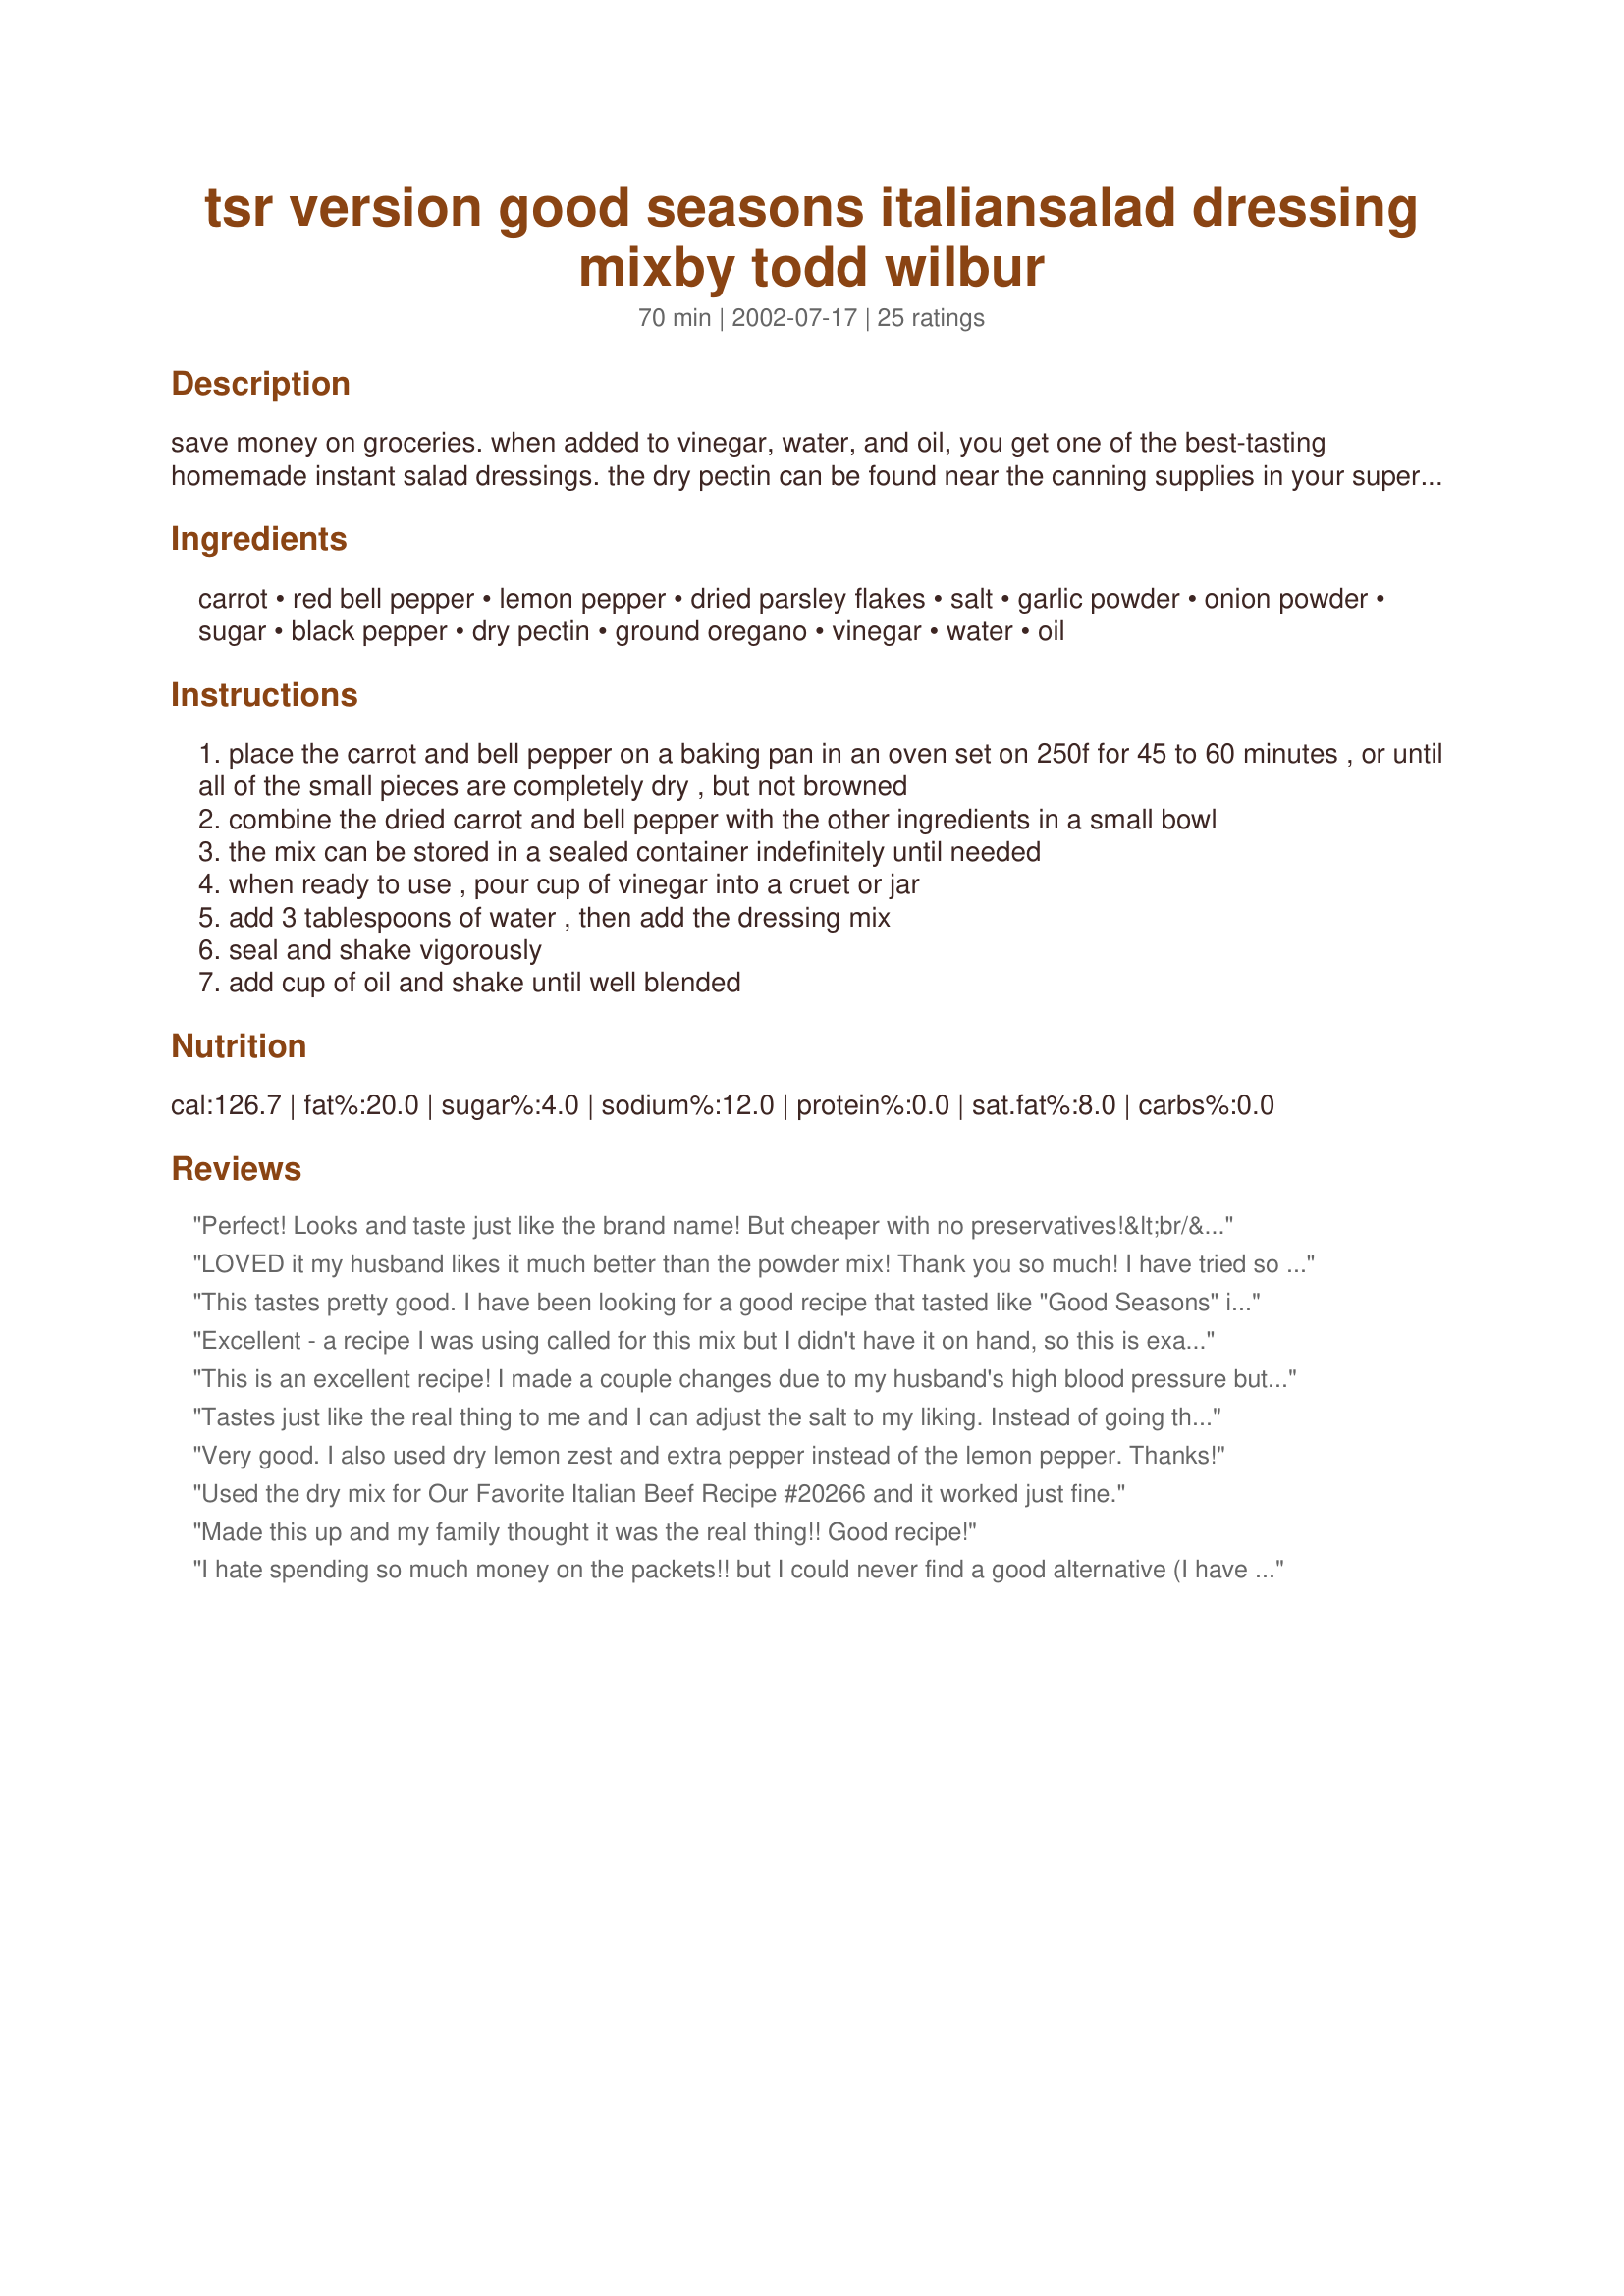
tsr version good seasons italiansalad dressing mixby todd wilbur
Preparation time: 70 minutes

save money on groceries. when added to vinegar, water, and oil, you get one of the best-tasting homemade instant salad dressings. the dry pectin can be found near the canning supplies in your supermarket. source: www.topsecretrecipes.com

Ingredients:
carrot, red bell pepper, lemon pepper, dried parsley flakes, salt, garlic powder, onion powder, sugar, black pepper, dry pectin, ground oregano, vinegar, water, oil

Steps:
place the carrot and bell pepper on a baking pan in an oven set on 250f for 45 to 60 minutes , or until all of the small pieces are completely dry , but not browned
combine the dried carrot and bell pepper with the other ingredients in a small bowl
the mix can be stored in a sealed container indefinitely until needed
when ready to use , pour cup of vinegar into a cruet or jar
add 3 tablespoons of water , then add the dressing mix
seal and shake vigorously
add cup of oil and shake until well blended

Reviews:
Perfect! Looks and taste just like the brand name! But cheaper with no preservatives!&lt;br/&gt;A few adaptations for me:&lt;br/&gt;1. I only use this as a seasoning, not a dressing, so I omitted the pectin. &lt;br/&gt;2. I use this in everything, so I 8X the recipe, which made 3/4 cup.&lt;br/&gt;3. I shredded the carrots and chopped bell peppers in food processor. Then squeezed juice out of both really good. Zested a lemon. Then dried all three on low broil (my bake wasn?t working). Spread out and let sit out overnight. The next day, I chopped up carrots and bell peppers very briefly in the Nutribullet using milling blade. Then mixed all ingredients in Nutribullet. Keep in a half pint mason jar.
LOVED it my husband likes it much better than the powder mix! Thank you so much! I have tried so many recipes for this and only this one comes as close and is actually better!!!
This tastes pretty good. I have been looking for a good recipe that tasted like "Good Seasons" italian mix without the sugar. I used one packet of truvia instead of sugar. Thanks for the recipe!
Excellent - a recipe I was using called for this mix but I didn't have it on hand, so this is exactly what I needed. Many thanks!
This is an excellent recipe! I made a couple changes due to my husband's high blood pressure but it was still great. I didn't add the salt and changed the sugar to splenda. Thanks for submitting this recipe.
Tastes just like the real thing to me and I can adjust the salt to my liking. Instead of going through the trouble of drying carrots and peppers--I have dried carrots and pepper in my cabinet!! It's called DRIED SOUP GREENS. They worked great. I used a heaping tablespoon of them and chopped them up in the mini food processor along with the other ingredients. Worked like a charm. Thanks... 
luvmybge.
Very good. I also used dry lemon zest and extra pepper instead of the lemon pepper. Thanks!
Used the dry mix for Our Favorite Italian Beef Recipe #20266 and it worked just fine.
Made this up and my family thought it was the real thing!! Good recipe!
I hate spending so much money on the packets!! but I could never find a good alternative (I have tried others), but I really LOVE this one!! I didn't add the oregano or pectin, but it tastes great. Thanks so much!! I am so impressed that you were able to figure this out.
&quot;Good Seasons&quot; dressing was the ONLY dressing I ever had growing up... Anna Maria! Rediscovered it years later, and it was my son&#039;s favorite. It is hard to find where I live now, and just like everything else, OVER PRICED! Great recipe, even without the peppers and carrots. (which I found to be a bit time consuming, until I used my dehydrator). Fooled #1 son, so it&#039;s good enough for me!!!! Awesome. Thanks for sharing!
I made this to use in yoopers To Die For Crock Pot Roast; as here in Australia I haven't found dry dressing mixes and Italian is needed for this recipe. Didn't use dry pectin as I couldn't find that, and decided not to add any salt. That's really the basis of my four stars, I also haven't made it as a dressing yet but am definitely looking forward to trying it.
My Cousin loves Good Seasons and she can't get it in Canada so I made some for her when I visited my parents this month. I had made 7 individual packages. I just lined up those little ziploc snack bags and went from there. No point in just doing one package. Had enough of the carrots and peppers to do 7. Drying the carrots worked out perfectly. The peppers on the other hand caused me a problem. I put them in the oven at the same time as the carrots but they just wouldn't dry. I even left them in after I took the carrots out but no way. So smart me thought I should put the oven up just a wee bit.....yeah well they dried alright...into a nice black color....But I was determined, so the next day I bought another red pepper and tried again. This time I only washed the outside of the pepper and removed all the seeds and stuff and chopped it small. But I put the oven at 200 and gave it 2 1/2 hours and it was perfect. Yippee..... The flavor of this dressing was absolutely delicious!! My Cousin couldn't stop raving about how she loved it and it was so good. Thanks so much for sharing your recipe Mille.
Forgot to add that I only have the before picture, I totally forgot to take a picture when we made it for supper....
I made up 10 batches of this, unsuccessful in drying the red peper, had too much water content, ended up ordering the dehydrated carrots and red bell pepper from a spice co. on the 'net. The soup greens that that luvmybge recommended contained other dehydrated veg's that are not included in recipe. The taste was very nice, but sweeter than the 'original' Good Season's.
Oh thank you for this recipe! I had decieded to make recipe#41169 and realized I didn't have any dry italian dressing mix. So upon reading other reviews I saw that a couple had used your recipe, so I did too. So glad I did, I now am making another batch today so I can made the dressing. Thank you for posting and saving the day.
This recipe was created by Todd Wilbur for his book "Even More Top Secret Recipes" (Penguin/Putnam 2003)
This is AMAZING!!! I use Italian dressing salad mix alot in cooking and for salad dressings, and wanted to find a more economical/less preservative alternative. This is it! I multplied the recipe to make more as for me this is a time-saver, and this worked out fine.
Loved this! I first made it to use in Recipe #218771 but I also found it makes and awesome chip/vegetable dip too!
Sorry--please excuse the rating by chief # 221099, I rated the wrong
recipe.
So good and easy to make! Waaaay lower in sodium than store-bought. I fill several jars with the mix and keep them on hand for last-minute mixing. To make it completely home made, I zest a lemon, dehydrate it, and add extra pepper.
This recipe clone is from Even More Top Secret Recipes by Todd Wilbur: topsecretrecipes.com
Works wonders, even without the bits of veggies, if feeling lazy.
I have used this same recipe for several yrs now. I LOVE IT! When I need it, I lined up 6 snack sized zip top bags and make up 6 batches each time. I only use red wine vinegar and sometimes the one with garlic......mmmmm

EXCELLENT for marinading chicken!!!
Wonderful, but I like mine a bit more zesty. I added an additional teaspoon of Italian Spice mix. We used it on a pasta salad! Everyone loved it. I will keep this recipe in my favorites for homemade mixes! Thanks.
I made this today and was delighted with it. I skipped the first step by using my dehydrated carrots and red bell peppers and ground them up. It worked beautifully. Now I'll always have this mix on hand.
